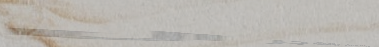
بيع وشراء التبن والشجر ال